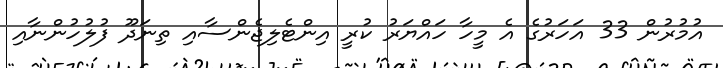
އުމުރުން 33 އަހަރުގެ އެ މީހާ ހައްޔަރު ކުރީ އިންޓެލިޖެންސާއި ތިނަދޫ ފުލުހުންނާއި